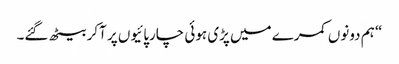
“ ہم دونوں کمرے میں پڑی ہوئی چارپائیوں پر آکر بیٹھ گئے۔